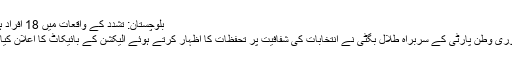
بلوچستان: تشدد کے واقعات میں 18 افراد ہلاک
جمہوری وطن پارٹی کے سربراہ طلال بگٹی نے انتخابات کی شفافیت پر تحفظات کا اظہار کرتے ہوئے الیکشن کے بائیکاٹ کا اعلان کیا ہے۔